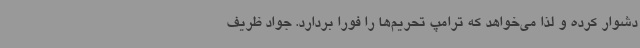
دشوار کرده و لذا می‌خواهد که ترامپ تحریم‌ها را فورا بردارد. جواد ظریف